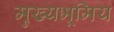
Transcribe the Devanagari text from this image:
मुख्यभूमिय